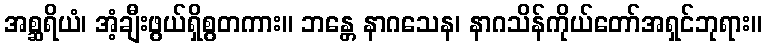
အစ္ဆရိယံ၊ အံ့ချီးဖွယ်ရှိစွတကား။ ဘန္တေ နာဂသေန၊ နာဂသိန်ကိုယ်တော်အရှင်ဘုရား။